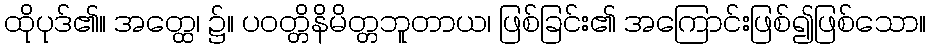
ထိုပုဒ်၏။ အတ္ထေ၊ ၌။ ပဝတ္တိနိမိတ္တဘူတာယ၊ ဖြစ်ခြင်း၏ အကြောင်းဖြစ်၍ဖြစ်သော။